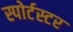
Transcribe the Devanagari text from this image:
स्पोर्टस्टर